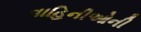
વાહિનીઓની